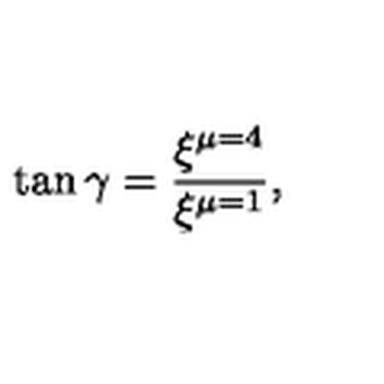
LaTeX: \tan \gamma = \frac { \xi ^ { \mu = 4 } } { \xi ^ { \mu = 1 } } ,